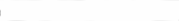
٣٢